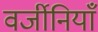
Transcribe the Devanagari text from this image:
वर्जीनियाँ